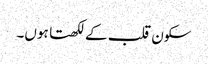
سکون قلب کے لکھتا ہوں۔